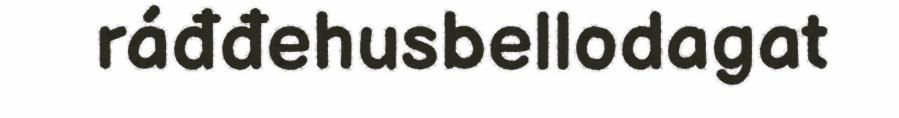
ráđđehusbellodagat